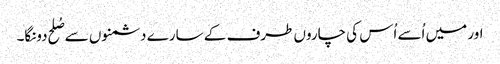
اور میں اُسے اُس کی چاروں طرف کے سارے دشمنوں سے صُلح دونگا۔